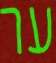
ער